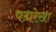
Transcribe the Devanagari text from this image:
पद्मरेखा